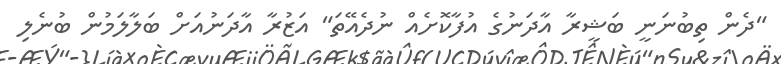
"ދެން ތިބުނަނީ ބަޝީރާ އާދަނުގެ އުފާކޮށެއް ނުދެއޭތަ" އަޒުރާ އާދަނުއަށް ބަލާލަމުން ބުނެލި